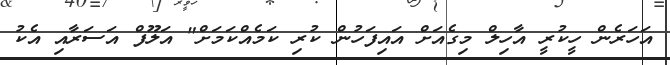
އަހަރެން ހީކުރީ އާހިލް މިގެއަށް އައިފަހުން ކުރި ކަމެއްކަމަށް" އަލޫފް އަސަރާއި އެކު